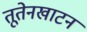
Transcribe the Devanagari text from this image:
तूतेनखाटन